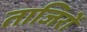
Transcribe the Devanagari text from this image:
ताजिरों